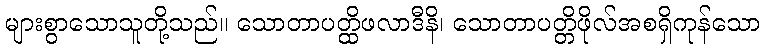
များစွာသောသူတို့သည်။ သောတာပတ္ထိဖလာဒီနိ၊ သောတာပတ္တိဖိုလ်အစရှိကုန်သော